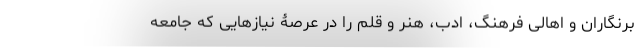
برنگاران و اهالی فرهنگ، ادب، هنر و قلم را در عرصۀ نیازهایی که جامعه